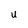
Character: U